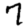
Digit: 7